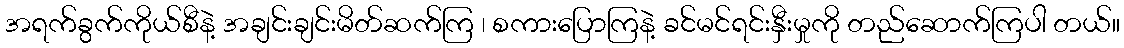
အရက်ခွက်ကိုယ်စီနဲ့ အချင်းချင်းမိတ်ဆက်ကြ ၊ စကားပြောကြနဲ့ ခင်မင်ရင်းနှီးမှုကို တည်ဆောက်ကြပါ တယ်။